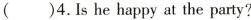
( )4.Is he happy at the party?